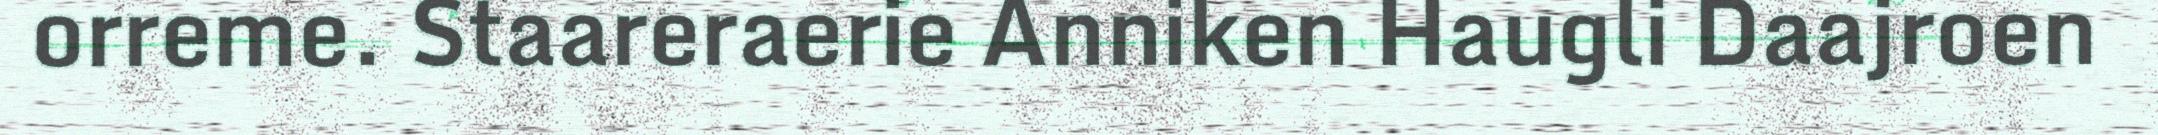
orreme. Staareraerie Anniken Haugli Daajroen